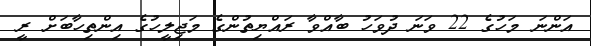
އަންނަ މަހުގެ 22 ވަނަ ދުވަހު ބާއްވާ ރައްޔިތުންގެ މަޖިލީހުގެ އިންތިހާބަށް ރީ